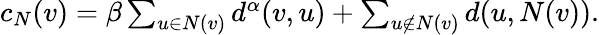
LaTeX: \begin{array}{r}{c_{N}(v)=\beta\sum_{u\in N(v)}d^{\alpha}(v,u)+\sum_{u\notin N(v)}d(u,N(v)).}\end{array}